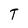
Character: T